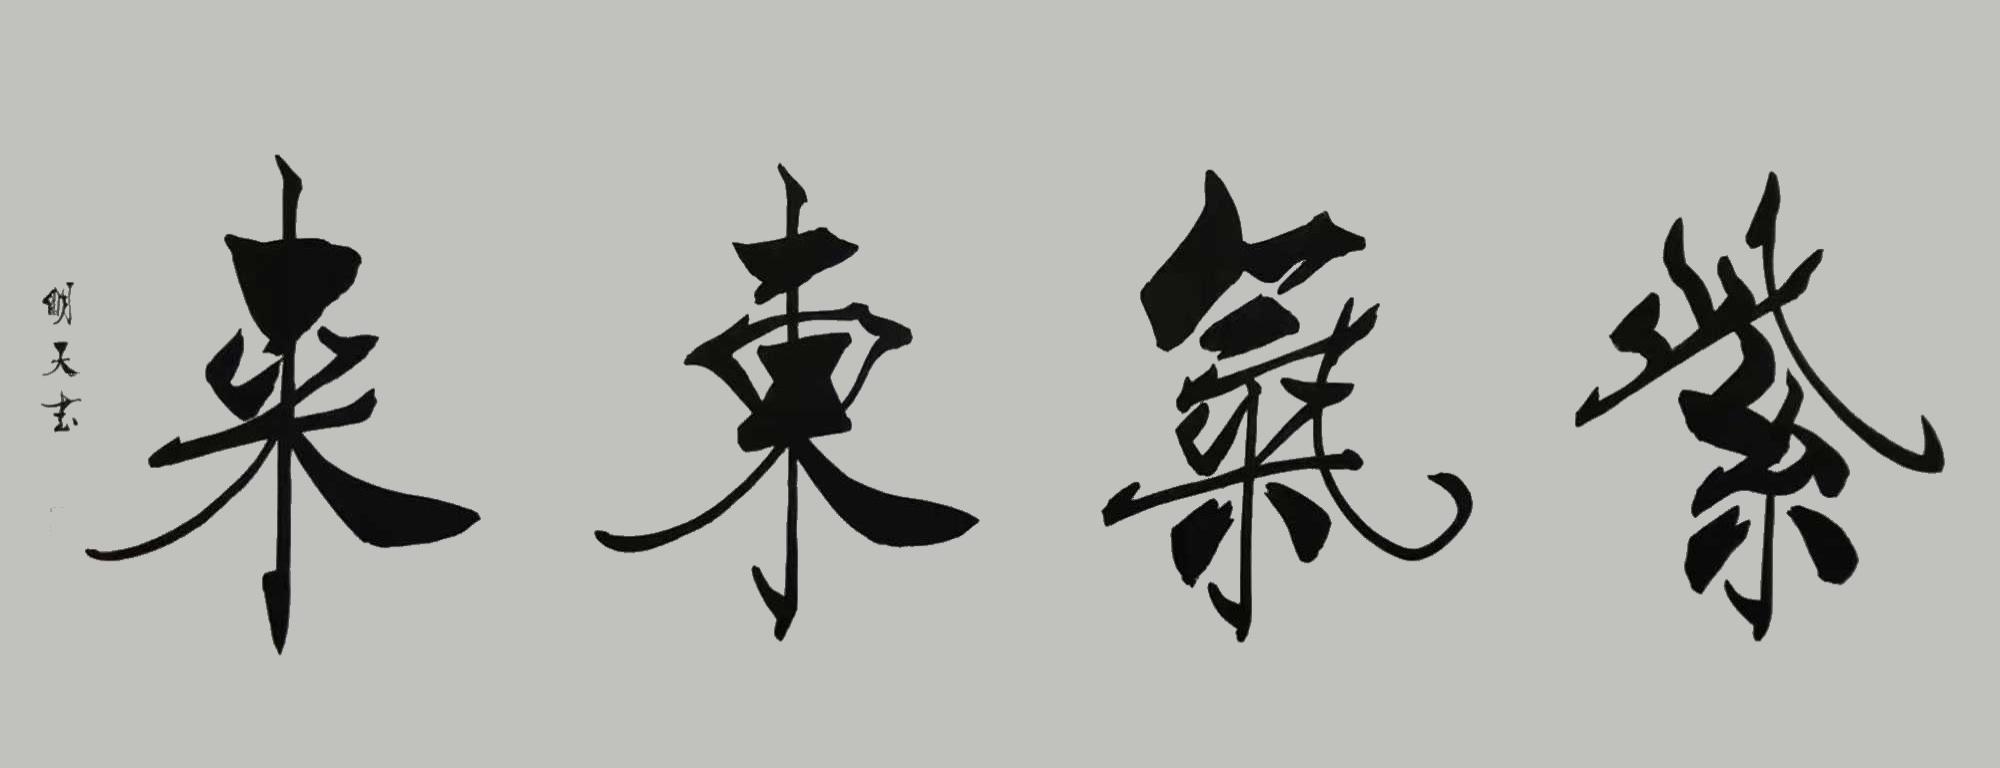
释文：紫气东来黄明天